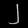
Digit: ၂